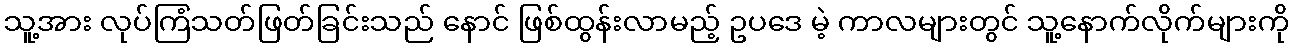
သူ့အား လုပ်ကြံသတ်ဖြတ်ခြင်းသည် နောင် ဖြစ်ထွန်းလာမည့် ဥပဒေ မဲ့ ကာလများတွင် သူ့နောက်လိုက်များကို